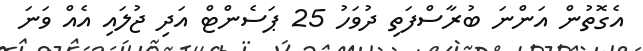
އެގޮތުން އަންނަ ބުރާސްފަތި ދުވަހު 25 ޕަސެންޓް އަދި ޖުލައި އެއް ވަނަ